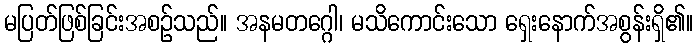
မပြတ်ဖြစ်ခြင်းအစဉ်သည်။ အနမတဂ္ဂေါ၊ မသိကောင်းသော ရှေးနောက်အစွန်းရှိ၏။